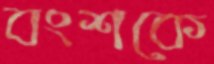
বংশকে